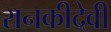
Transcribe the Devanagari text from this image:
रानकीदेवी